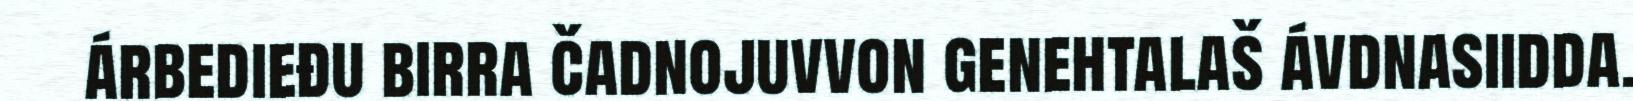
árbedieđu birra čadnojuvvon genehtalaš ávdnasiidda.